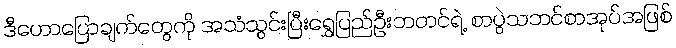
ဒီဟောပြောချက်တွေကို အသံသွင်းပြီးရွှေပြည်ဦးဘတင်ရဲ့ စာပွဲသဘင်စာအုပ်အဖြစ်